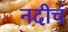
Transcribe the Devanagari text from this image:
नदीचं